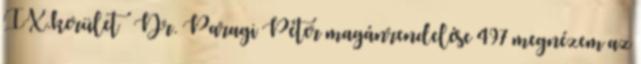
IX.kerület Dr. Paragi Péter magánrendelése 497 megnézem az